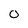
Character: 0